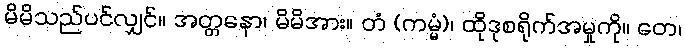
မိမိသည်ပင်လျှင်။ အတ္တနော၊ မိမိအား။ တံ (ကမ္မံ)၊ ထိုဒုစရိုက်အမှုကို။ တေ၊